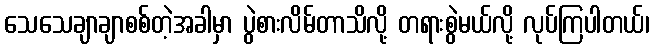
သေသေချာချာစစ်တဲ့အခါမှာ ပွဲစားလိမ်တာသိလို့ တရားစွဲမယ်လို့ လုပ်ကြပါတယ်၊